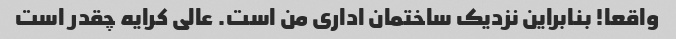
واقعا! بنابراین نزدیک ساختمان اداری من است. عالی کرایه چقدر است